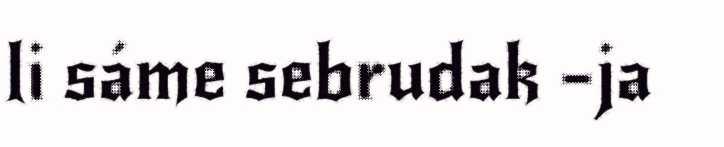
li sáme sebrudak –ja